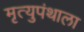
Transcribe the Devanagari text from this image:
मृत्युपंथाला